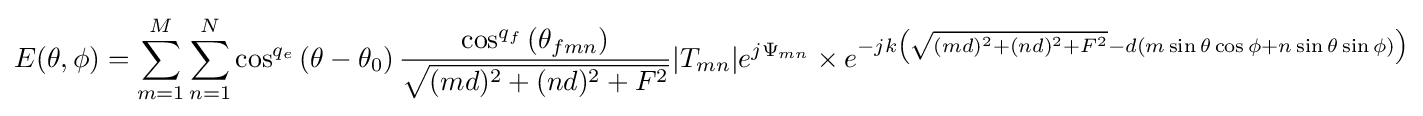
E(\theta ,\phi )=\sum _{m=1}^{M}\sum _{n=1}^{N}\cos ^{q_{e}}\left({\theta -\theta _{0}}\right){\frac {\cos ^{q_{f}}\left({\theta _{fmn}}\right)}{\sqrt {(md)^{2}+(nd)^{2}+F^{2}}}}|T_{mn}|e^{j\Psi _{mn}}\times e^{-jk\left({\sqrt {(md)^{2}+(nd)^{2}+F^{2}}}-d(m\sin {\theta }\cos {\phi }+n\sin {\theta }\sin {\phi })\right)}